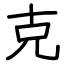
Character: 克